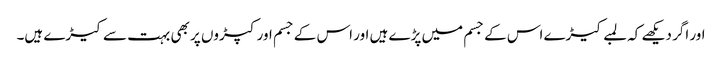
اور اگر دیکھے کہ لمبے کیڑے اس کے جسم میں پڑے ہیں اور اس کے جسم اور کپڑوں پر بھی بہت سے کیڑے ہیں۔